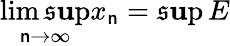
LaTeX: \operatorname*{lim\mathfrak{s}\mathbf{u}p}_{\mathsf{n}\to\infty}x_{\mathsf{n}}=\operatorname*{\mathfrak{s}\mathbf{u}p}E